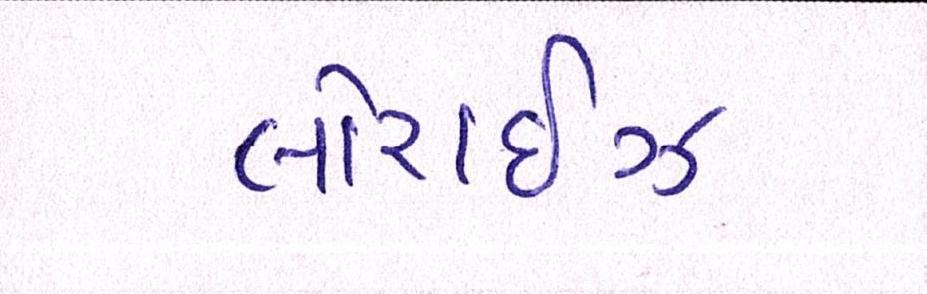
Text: લોરાઈઝ